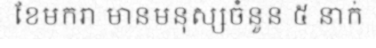
ខែមករា មានមនុស្សចំនួន ៥ នាក់